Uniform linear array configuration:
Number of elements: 64
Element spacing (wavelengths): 0.5
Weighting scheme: hann
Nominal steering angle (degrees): -45
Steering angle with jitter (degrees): -46.885
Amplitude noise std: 0.05
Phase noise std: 0.05

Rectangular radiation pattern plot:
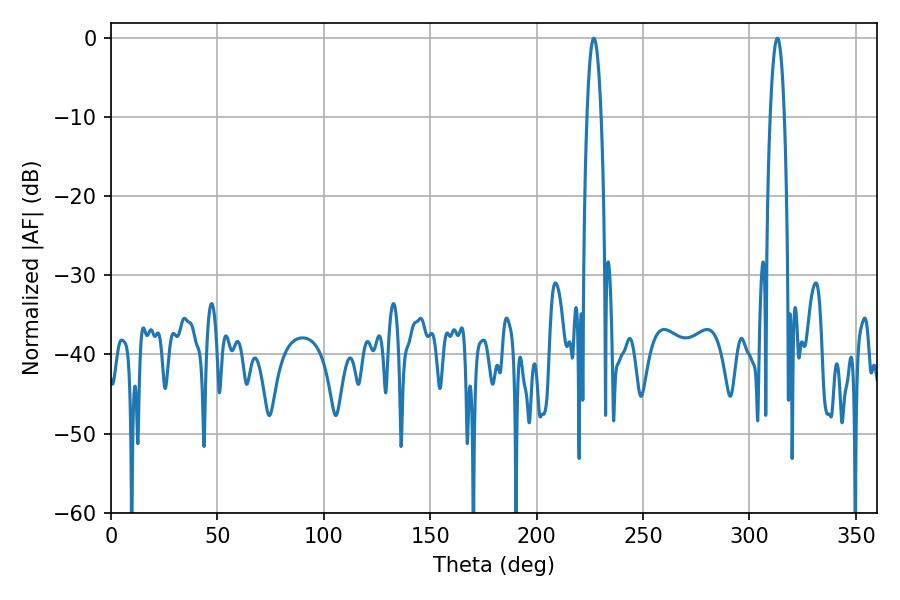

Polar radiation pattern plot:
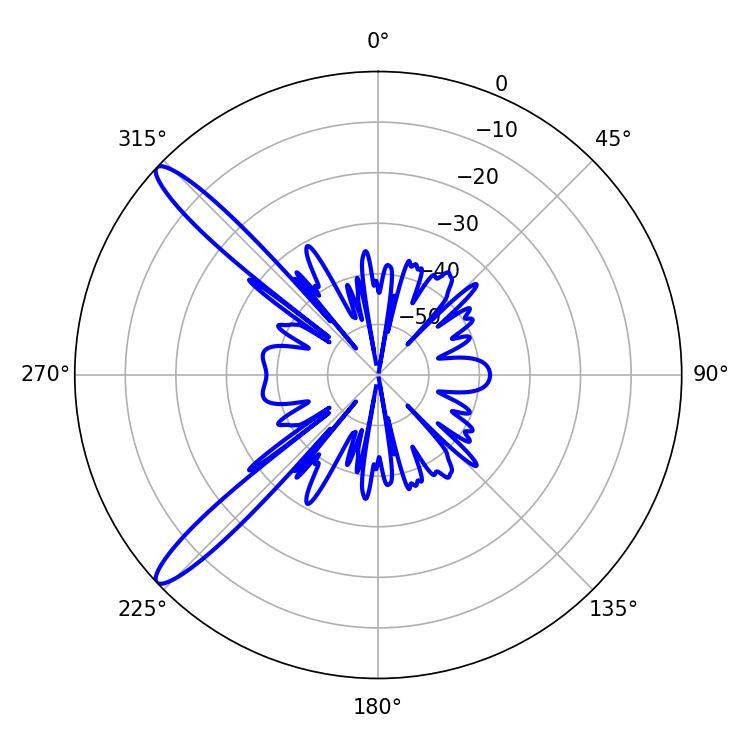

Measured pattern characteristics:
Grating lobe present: FALSE
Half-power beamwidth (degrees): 3.78
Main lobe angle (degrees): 226.8